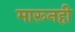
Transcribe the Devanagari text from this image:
मारूनही